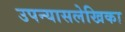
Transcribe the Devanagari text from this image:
उपन्यासलेखिका